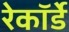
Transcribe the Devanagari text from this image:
रेकॉर्डे